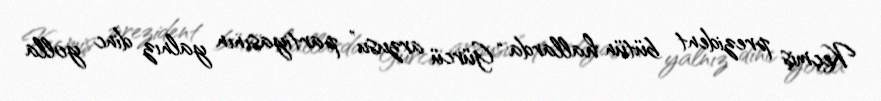
Keçmiş prezident bütün hallarda “Gürcü arzusu” partiyasının yalnız dinc yolla